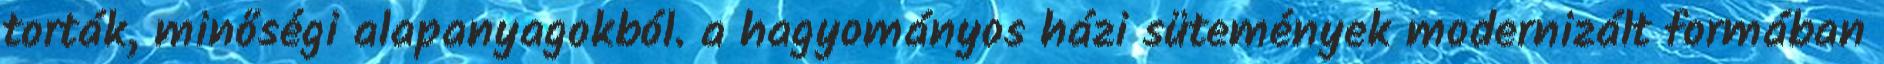
torták, minőségi alapanyagokból. a hagyományos házi sütemények modernizált formában